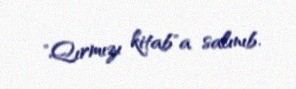
"Qırmızı kitab"a salınıb.